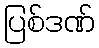
ပြစ်ဒဏ်